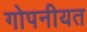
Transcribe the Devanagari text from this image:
गोपनीयत